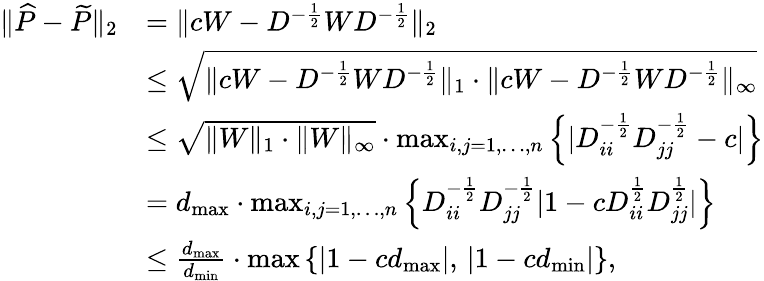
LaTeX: \begin{array}{rl}{\| \widehat{P}-\widetilde{P}\| _{2}}&{=\| cW-D^{-\frac{1}{2}}WD^{-\frac{1}{2}}\| _{2}}\\ &{\le\sqrt{\| cW-D^{-\frac{1}{2}}WD^{-\frac{1}{2}}\| _{1}\cdot\| cW-D^{-\frac{1}{2}}WD^{-\frac{1}{2}}\| _{\infty}}}\\ &{\leq\sqrt{\| W\| _{1}\cdot\| W\| _{\infty}}\cdot\operatorname*{max}_{i,j=1,\ldots,n}\left\{ |D_{ii}^{-\frac{1}{2}}D_{jj}^{-\frac{1}{2}}-c|\right\} }\\ &{=d_{\operatorname*{max}}\cdot\operatorname*{max}_{i,j=1,\ldots,n}\left\{ D_{ii}^{-\frac{1}{2}}D_{jj}^{-\frac{1}{2}}|1-cD_{ii}^{\frac{1}{2}}D_{jj}^{\frac{1}{2}}|\right\} }\\ &{\leq\frac{d_{\operatorname*{max}}}{d_{\operatorname*{min}}}\cdot\operatorname*{max}\left\{ |1-cd_{\operatorname*{max}}|,\, |1-cd_{\operatorname*{min}}|\right\} ,}\end{array}